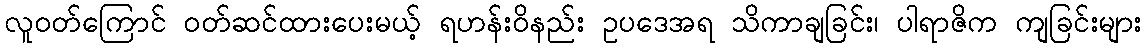
လူဝတ်ကြောင် ဝတ်ဆင်ထားပေးမယ့် ရဟန်းဝိနည်း ဥပဒေအရ သိကာချခြင်း၊ ပါရာဇိက ကျခြင်းများ